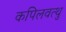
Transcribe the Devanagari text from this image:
कपिलवत्थु